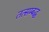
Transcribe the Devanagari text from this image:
तत्सम्बद्ध